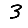
Digit: 3